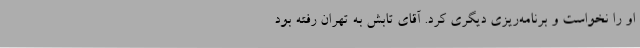
او را نخواست و برنامه‌ریزی دیگری کرد. آقای تابش به تهران رفته بود